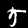
Label: 5